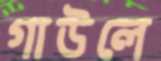
গাউলে